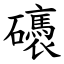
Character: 䃵